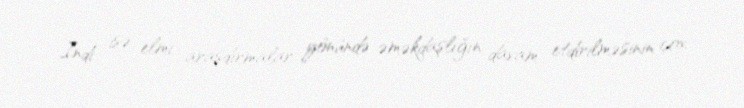
Indi isə elmi araşdırmalar yönündə əməkdaşlığın davam etdirilməsinin çox